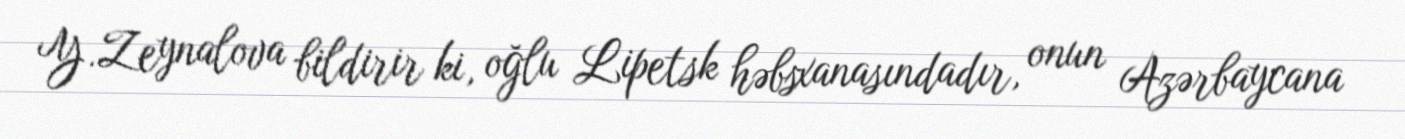
Y.Zeynalova bildirir ki, oğlu Lipetsk həbsxanasındadır, onun Azərbaycana